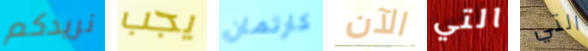
نريدكم يجب كارتمان الآن التي التي